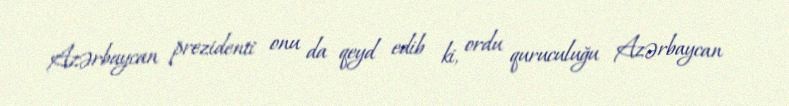
Azərbaycan prezidenti onu da qeyd edib ki, ordu quruculuğu Azərbaycan